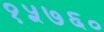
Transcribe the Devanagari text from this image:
१५७६०